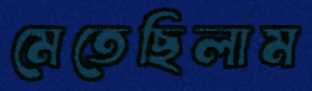
মেতেছিলাম